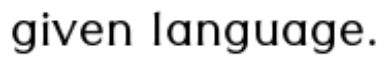
given language.